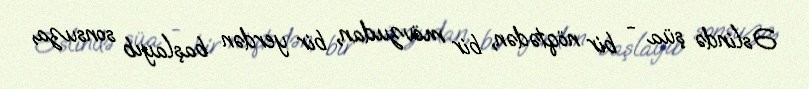
Əslində şüa - bir nöqtədən, bir mövzudan, bir yerdən başlayıb sonsuza,